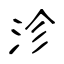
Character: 沴